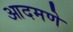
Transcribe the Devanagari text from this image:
आदमणे